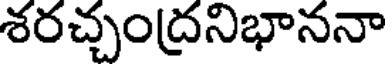
శరచ్చంద్రనిభాననా